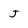
Character: J